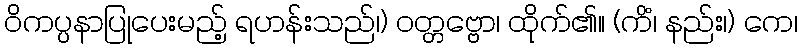
ဝိကပ္ပနာပြုပေးမည့် ရဟန်းသည်၊) ဝတ္တဗ္ဗော၊ ထိုက်၏။ (ကိံ၊ နည်း၊) ကေ၊